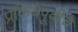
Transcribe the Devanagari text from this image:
प्रक्रियेपूर्वीचे